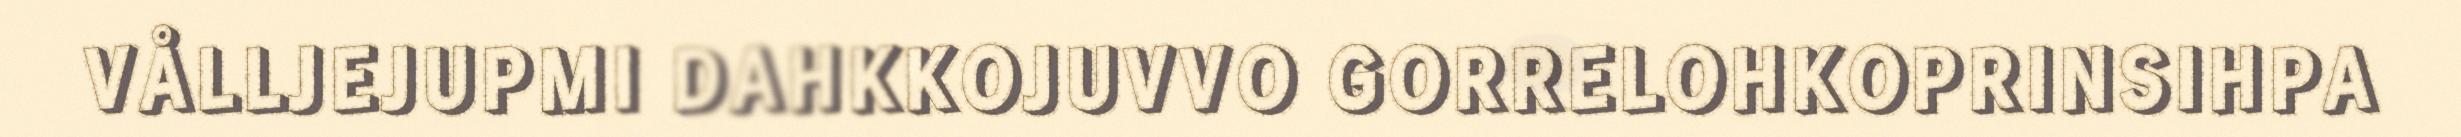
VÅLLJEJUPMI DAHKKOJUVVO GORRELOHKOPRINSIHPA